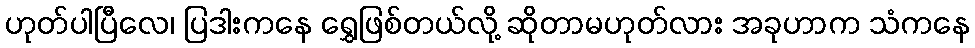
ဟုတ်ပါပြီလေ၊ ပြဒါးကနေ ရွှေဖြစ်တယ်လို့ ဆိုတာမဟုတ်လား အခုဟာက သံကနေ